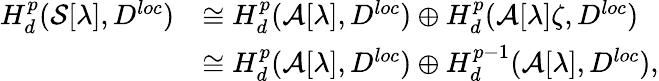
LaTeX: \begin{array}{rl}{H_{d}^{p}(\mathcal{S}[\lambda],D^{loc})}&{\cong H_{d}^{p}(\mathcal{A}[\lambda],D^{loc})\oplus H_{d}^{p}(\mathcal{A}[\lambda]\zeta,D^{loc})}\\ &{\cong H_{d}^{p}(\mathcal{A}[\lambda],D^{loc})\oplus H_{d}^{p-1}(\mathcal{A}[\lambda],D^{loc}),}\end{array}